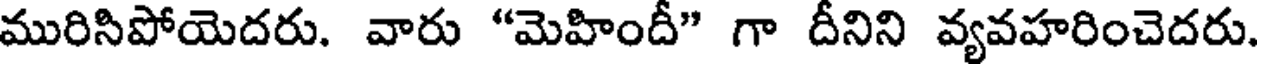
మురిసిపోయెదరు. వారు "మెహిందీ" గా దీనిని వ్యవహరించెదరు.